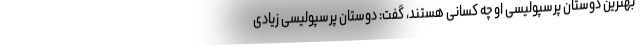
بهترین دوستان پرسپولیسی او چه کسانی هستند، گفت: دوستان پرسپولیسی زیادی